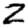
Digit: 2